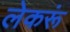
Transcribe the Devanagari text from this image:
लेकरूं